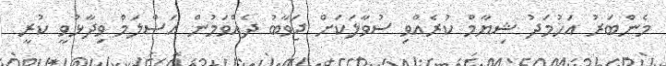
މެންބަރު އަހުމަދު ޝިޔާމް ކުރެއްވި ސުވާލަކަށް ޖަވާބު ދެއްވަމުން އަސްލަމް ވިދާޅުވީ ކުރީ